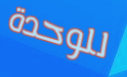
للوحدة